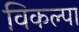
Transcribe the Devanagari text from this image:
विकल्पा